Indian journal of veterinary science and animal husbandry - Volume 7,
Year: 1937
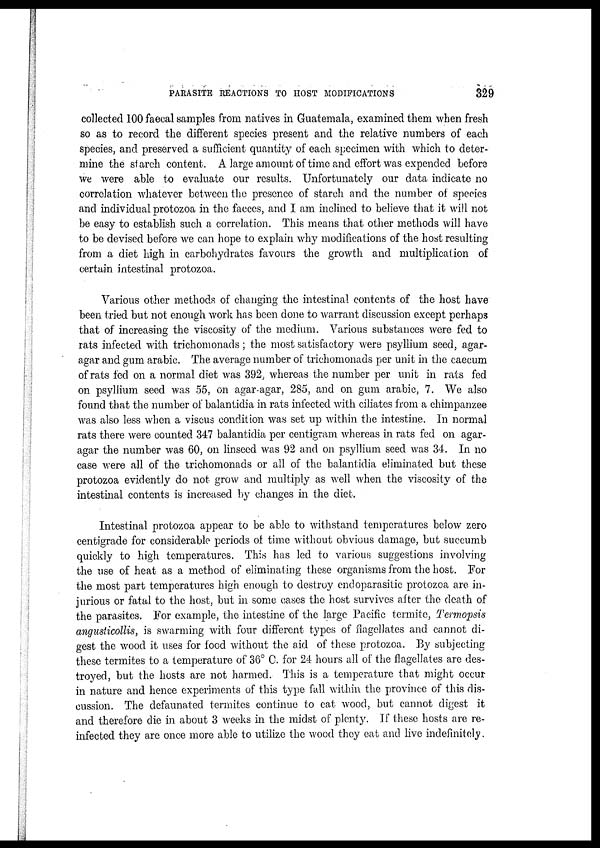
PARASITE REACTIONS TO HOST MODIFICATIONS
329
collected 100 faecal samples from natives in Guatemala, examined them when fresh
so as to record the different species present and the relative numbers of each
species, and preserved a sufficient quantity of each specimen with which to deter-
mine the starch content. A large amount of time and effort was expended before
we were able to evaluate our results. Unfortunately our data indicate no
correlation whatever between the presence of starch and the number of species
and individual protozoa in the faeces, and I am inclined to believe that it will not
be easy to establish such a correlation. This means that other methods will have
to be devised before we can hope to explain why modifications of the host resulting
from a diet high in carbohydrates favours the growth and multiplication of
certain intestinal protozoa.
Various other methods of changing the intestinal contents of the host have
been tried but not enough work has been done to warrant discussion except perhaps
that of increasing the viscosity of the medium. Various substances were fed to
rats infected with trichomonads ; the most satisfactory were psyllium seed, agar-
agar and gum arabic. The average number of trichomonads per unit in the caecum
of rats fed on a normal diet was 392, whereas the number per unit in rats fed
on psyllium seed was 55, on agar-agar, 285, and on gum arabic, 7. We also
found that the number of balantidia in rats infected with ciliates from a chimpanzee
was also less when a viscus condition was set up within the intestine. In normal
rats there were counted 347 balantidia per centigram whereas in rats fed on agar-
agar the number was 60, on linseed was 92 and on psyllium seed was 34. In no
case were all of the trichomonads or all of the balantidia eliminated but these
protozoa evidently do not grow and multiply as well when the viscosity of the
intestinal contents is increased by changes in the diet.
Intestinal protozoa appear to be able to withstand temperatures below zero
centigrade for considerable periods of time without obvious damage, but succumb
quickly to high temperatures. This has led to various suggestions involving
the use of heat as a method of eliminating these organisms from the host. For
the most part temperatures high enough to destroy endoparasitic protozoa are in-
jurious or fatal to the host, but in some cases the host survives after the death of
the parasites. For example, the intestine of the large Pacific termite, Termopsis
angusticollis, is swarming with four different types of flagellates and cannot di-
gest the wood it uses for food without the aid of these protozoa. By subjecting
these termites to a temperature of 36° C. for 24 hours all of the flagellates are des-
troyed, but the hosts are not harmed. This is a temperature that might occur
in nature and hence experiments of this type fall within the province of this dis-
cussion. The defaunated termites continue to eat wood, but cannot digest it
and therefore die in about 3 weeks in the midst of plenty. If these hosts are re-
infected they are once more able to utilize the wood they eat and live indefinitely